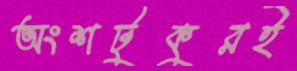
অংশটুকুরই